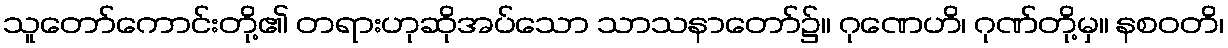
သူတော်ကောင်းတို့၏ တရားဟုဆိုအပ်သော သာသနာတော်၌။ ဂုဏေဟိ၊ ဂုဏ်တို့မှ။ နစဝတိ၊